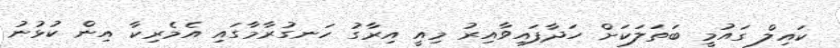
ކައިލް ގައުމީ ބަތަލަކަށް ހަދާފައިވާއިރު މިއީ އިރާގު ހަނގުރާމާގައި އެމެރިކާ އިން ކުޅުނު